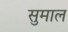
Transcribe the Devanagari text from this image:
सुमाल